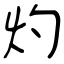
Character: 灼